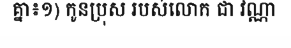
គ្នា៖១) កូនប្រុស របស់លោក ជា វណ្ណា